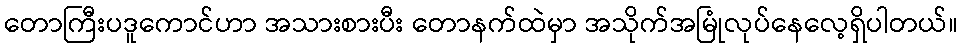
တောကြီးပဒူကောင်ဟာ အသားစားပီး တောနက်ထဲမှာ အသိုက်အမြုံလုပ်နေလေ့ရှိပါတယ်။